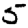
Digit: 5